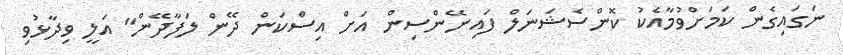
ނަގައިގެން ކަމަށްވުމާއެކު ކޮންސެޝަނަލް ފައިނޭންސިން އަށް އިސްކަން ދޭން ލަފާދޭން" އަލީ ވިދާޅުވި